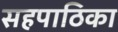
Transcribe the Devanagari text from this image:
सहपाठिका